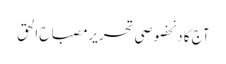
آج کا دنخصوصی تحریرمصباح الحق